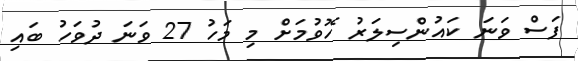
ފަސް ވަނަ ކައުންސިލަރު ހޮވުމަށް މި މަހު 27 ވަނަ ދުވަހު ބައި